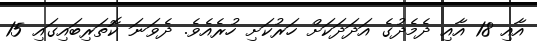
އާއި 18 އާއި ދެމެދުގެ އަދަދަކަށް ހަރުކަށި ހުރެއެވެ. ދެވަނަ ކޮތަރިބައިގައި 15